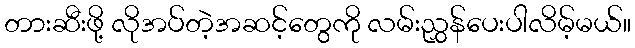
တားဆီးဖို့ လိုအပ်တဲ့အဆင့်တွေကို လမ်းညွှန်ပေးပါလိမ့်မယ်။